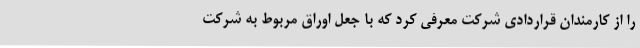
را از کارمندان قراردادی شرکت معرفی کرد که با جعل اوراق مربوط به شرکت